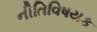
નીતિવિષયક